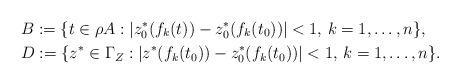
LaTeX: \begin{align*}&B := \{ t \in \rho A : |z_0^* (f_k (t)) - z_0^* (f_k (t_0)) | < 1, \, k=1,\ldots, n\}, \\&D := \{ z^* \in \Gamma_{Z} : |z^* (f_k (t_0)) - z_0^* (f_k (t_0)) | < 1, \, k=1,\ldots, n\}.\end{align*}